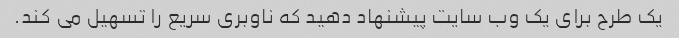
یک طرح برای یک وب سایت پیشنهاد دهید که ناوبری سریع را تسهیل می کند.